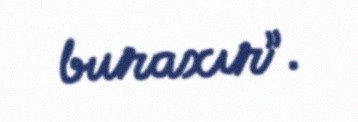
buraxır”.